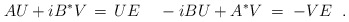
\begin{align*}A U + i B^* V \,=\, U E \;\;\;\; -i B U + A^* V \;=\;- V E \;\;.\end{align*}